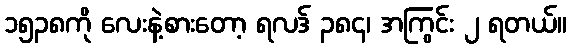
၁၅၃၈ကို လေးနဲ့စားတော့ ရလဒ် ၃၈၄၊ အကြွင်း ၂ ရတယ်။